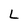
Character: L